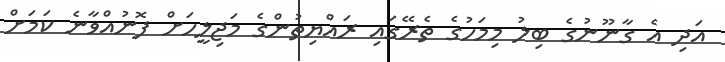
އަދި އެ ގާނޫނުގެ ބިލު މިމަހުގެ ތެރޭގައި ރައްޔިތުންގެ މަޖިލީހަށް ފޮނުއްވާނެ ކަމަށް